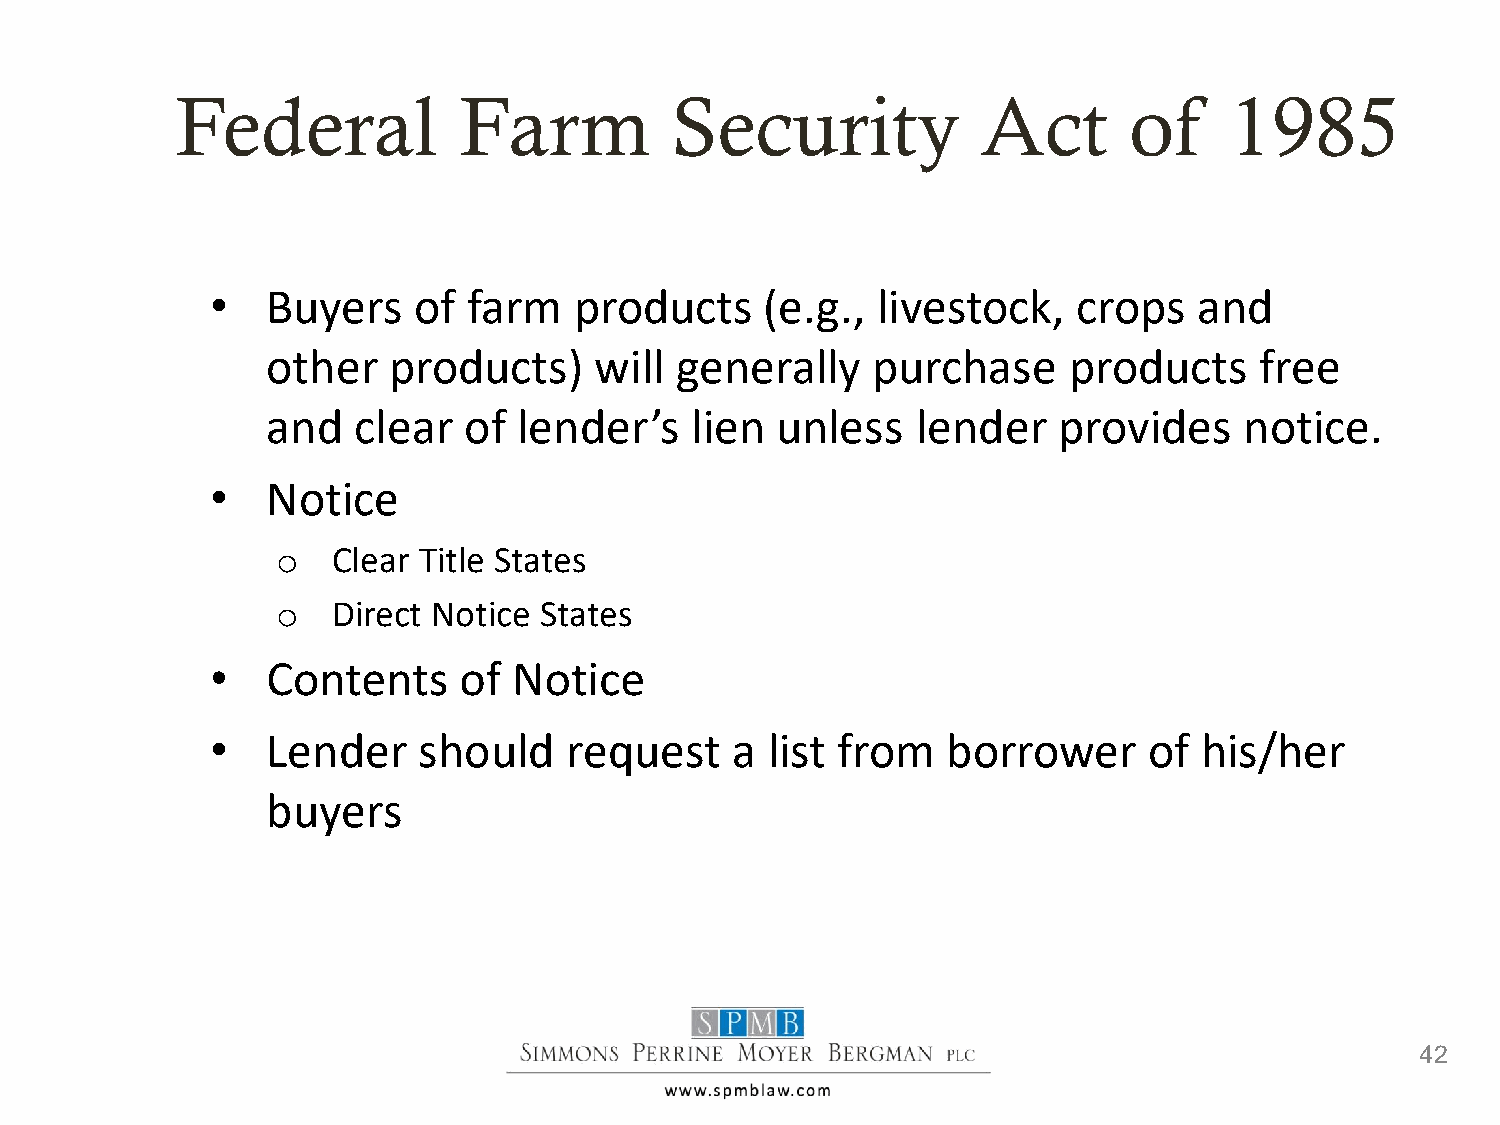
Federal           Farm          Security             Act       of    1985
 •   Buyers   of  farm   products     (e.g., livestock,   crops   and
 other   products)    will  generally    purchase     products    free
 and  clear   of lender’s    lien unless    lender   provides    notice.
 •   Notice
 o   Clear Title States
 o   Direct Notice States
 •   Contents    of  Notice
 •   Lender    should   request    a  list from   borrower     of  his/her
 buyers
 42